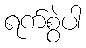
ရက်စွဲပါ